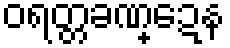
ဝရတ္တခဏ္ဍေန